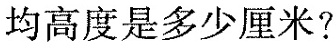
均高度是多少厘米?